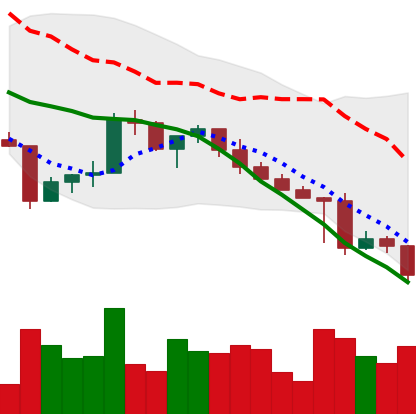
Ticker: XRP-USD
Chart end date: 2022-04-29
Forward return: 5.735%
Label: up_5_7